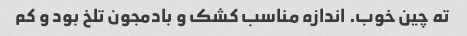
ته چین خوب. اندازه مناسب کشک و بادمجون تلخ بود و کم